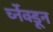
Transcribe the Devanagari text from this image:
र्च्नेक्डून